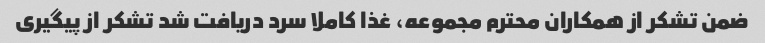
ضمن تشکر از همکاران محترم مجموعه، غذا کاملا سرد دریافت شد تشکر از پیگیری